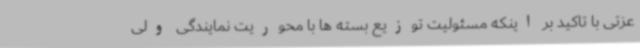
عزتی با تاکید بر اینکه مسئولیت توزیع بسته ها با محوریت نمایندگی ولی